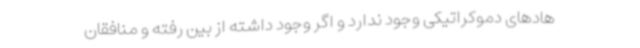
هادهای دموکراتیکی وجود ندارد و اگر وجود داشته از بین رفته و منافقان